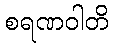
စရဏဝါတိ